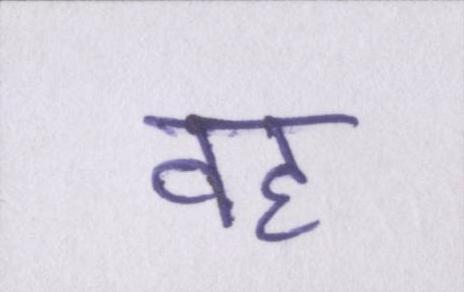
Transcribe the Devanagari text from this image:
वह